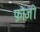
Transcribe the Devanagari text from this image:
फ़ोजी